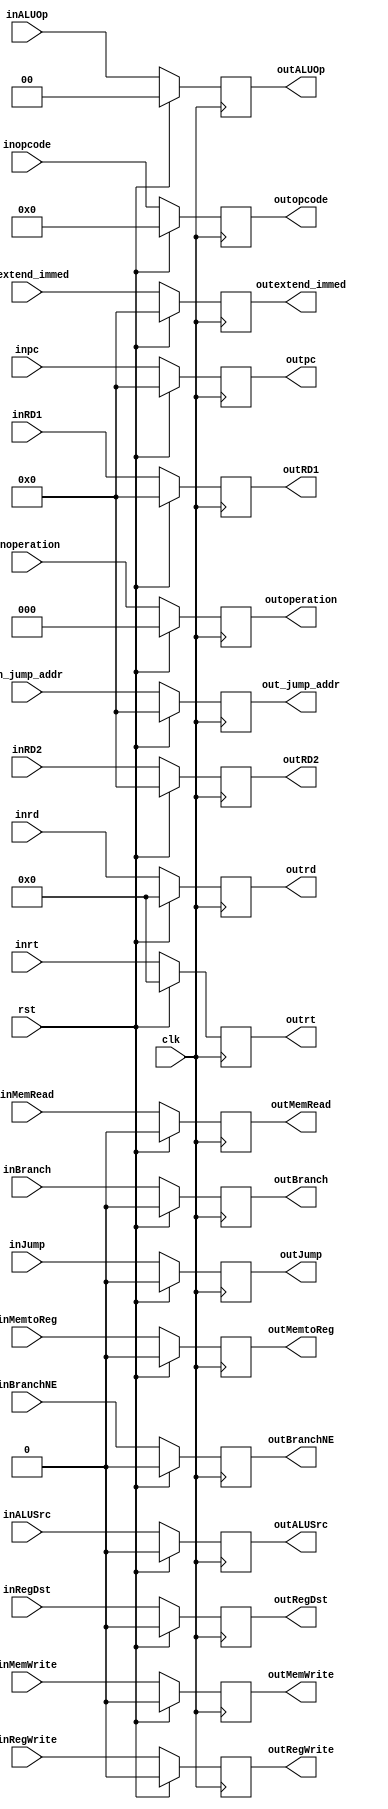
module ID_EX( clk, rst,inpc,outpc,inRegDst, inALUSrc, inMemtoReg, inRegWrite, inMemRead, inMemWrite, inBranch, inBranchNE, inJump, inALUOp, 
			  outRegDst, outALUSrc, outMemtoReg, outRegWrite, outMemRead, outMemWrite, outBranch, outBranchNE, outJump,outALUOp,
			  inRD1, inRD2, inextend_immed,outRD1, outRD2, outextend_immed, inrt, inrd, outrt, outrd,inopcode, outopcode, inoperation, outoperation, in_jump_addr, out_jump_addr);
	input clk, rst;
	input [31:0] inpc ;
	output [31:0] outpc ;
	input inRegDst, inALUSrc, inMemtoReg, inRegWrite, inMemRead, inMemWrite, inBranch, inBranchNE, inJump ;
	input [1:0] inALUOp ;
	output outRegDst, outALUSrc, outMemtoReg, outRegWrite, outMemRead, outMemWrite, outBranch, outBranchNE, outJump ;
	output [1:0] outALUOp ;
	input [31:0] inRD1, inRD2, inextend_immed ;
	output [31:0] outRD1, outRD2, outextend_immed ;
	input [4:0] inrt, inrd ;
	output [4:0] outrt, outrd ;
	input [5:0] inopcode;
	output [5:0] outopcode;
	input [2:0] inoperation;
	output [2:0] outoperation;
	input [31:0] in_jump_addr;
	output [31:0] out_jump_addr;
	
	reg [31:0] outpc ;
	reg outRegDst, outALUSrc, outMemtoReg, outRegWrite, outMemRead, outMemWrite, outBranch, outBranchNE, outJump ;
	reg [1:0] outALUOp ;
	reg [31:0] outRD1, outRD2, outextend_immed, out_jump_addr;
	reg [4:0] outrt, outrd ;
	reg [5:0] outopcode;
	reg [2:0] outoperation;

	always @( posedge clk ) begin
		if (rst) begin
			outpc <= 32'b0;
			outRegDst <= 1'b0;
			outALUSrc <= 1'b0;
			outMemtoReg <= 1'b0;
			outRegWrite <= 1'b0;
			outMemRead <= 1'b0;
			outMemWrite <= 1'b0;
			outBranch <= 1'b0;
			outBranchNE <= 1'b0;
			outJump <= 1'b0;
			outALUOp <= 2'b0;
			outRD1 <= 32'b0;
			outRD2 <= 32'b0;
			outextend_immed <= 32'b0;
			outrt <= 4'b0;
			outrd <= 4'b0;
			outopcode <= 6'b0;
			outoperation <= 3'b0;
			out_jump_addr <= 32'b0;
		end
		else begin
			outpc <= inpc ;
			outRegDst <= inRegDst ;
			outALUSrc <= inALUSrc ;
			outMemtoReg <= inMemtoReg ;
			outRegWrite <= inRegWrite ;
			outMemRead <= inMemRead ;
			outMemWrite <= inMemWrite ;
			outBranch <= inBranch ;
			outBranchNE <= inBranchNE ;
			outJump <= inJump ;
			outALUOp <= inALUOp ;
			outRD1 <= inRD1 ;
			outRD2 <= inRD2 ;
			outextend_immed <= inextend_immed ;
			outrt <= inrt ;
			outrd <= inrd ;
			outopcode <= inopcode ;
			outoperation <= inoperation;
			out_jump_addr <= in_jump_addr;
		end
	end
		
endmodule